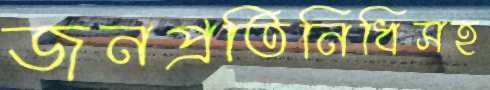
জনপ্রতিনিধিসহ